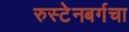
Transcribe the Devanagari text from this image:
रुस्टेनबर्गचा